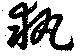
執